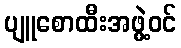
ပျူစောထီးအဖွဲ့ဝင်